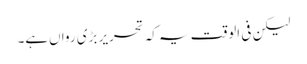
لیکن فی الوقت یہ کہ تحریر بڑی رواں‌ہے۔